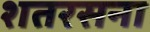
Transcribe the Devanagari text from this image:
शतरसना